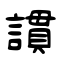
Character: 謴